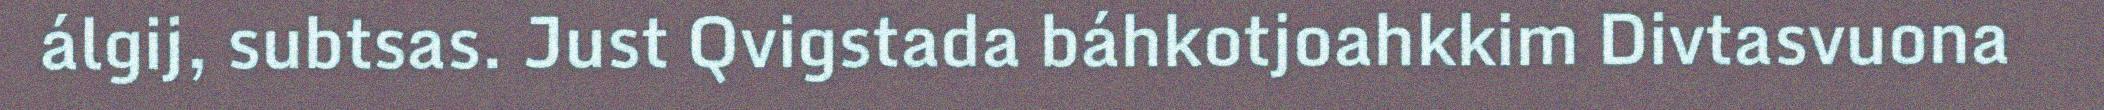
álgij, subtsas. Just Qvigstada báhkotjoahkkim Divtasvuona